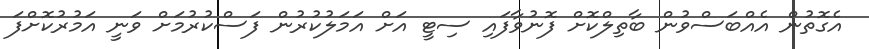
އެގޮތުން އެއްބަސްވުން ބާތިލްކޮށް ފޮނުވާފައި ސިޓީ އަށް އަމަލުކުރުން ފަސްކުރުމަށް ވަނީ އަމުރުކޮށްފަ